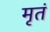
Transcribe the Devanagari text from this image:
मृतं